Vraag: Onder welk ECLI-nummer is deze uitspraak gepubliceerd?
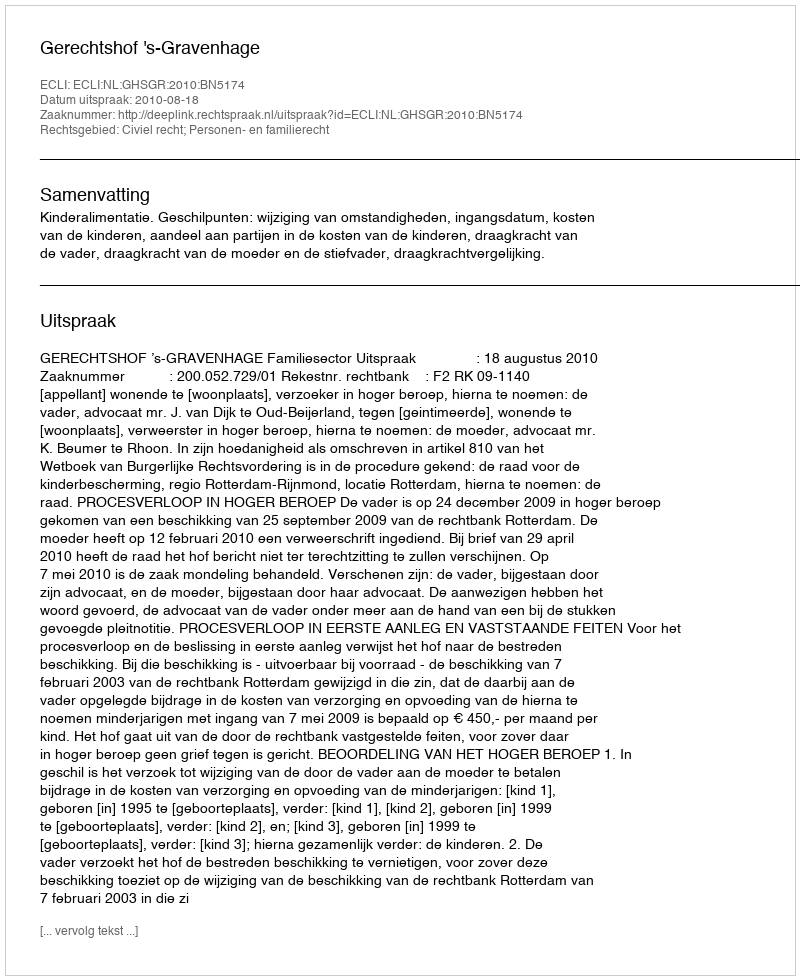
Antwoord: ECLI:NL:GHSGR:2010:BN5174